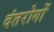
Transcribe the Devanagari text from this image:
दंतरोगों